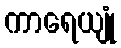
ကာရေယျုံ